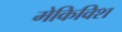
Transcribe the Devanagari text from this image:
मेकिविश